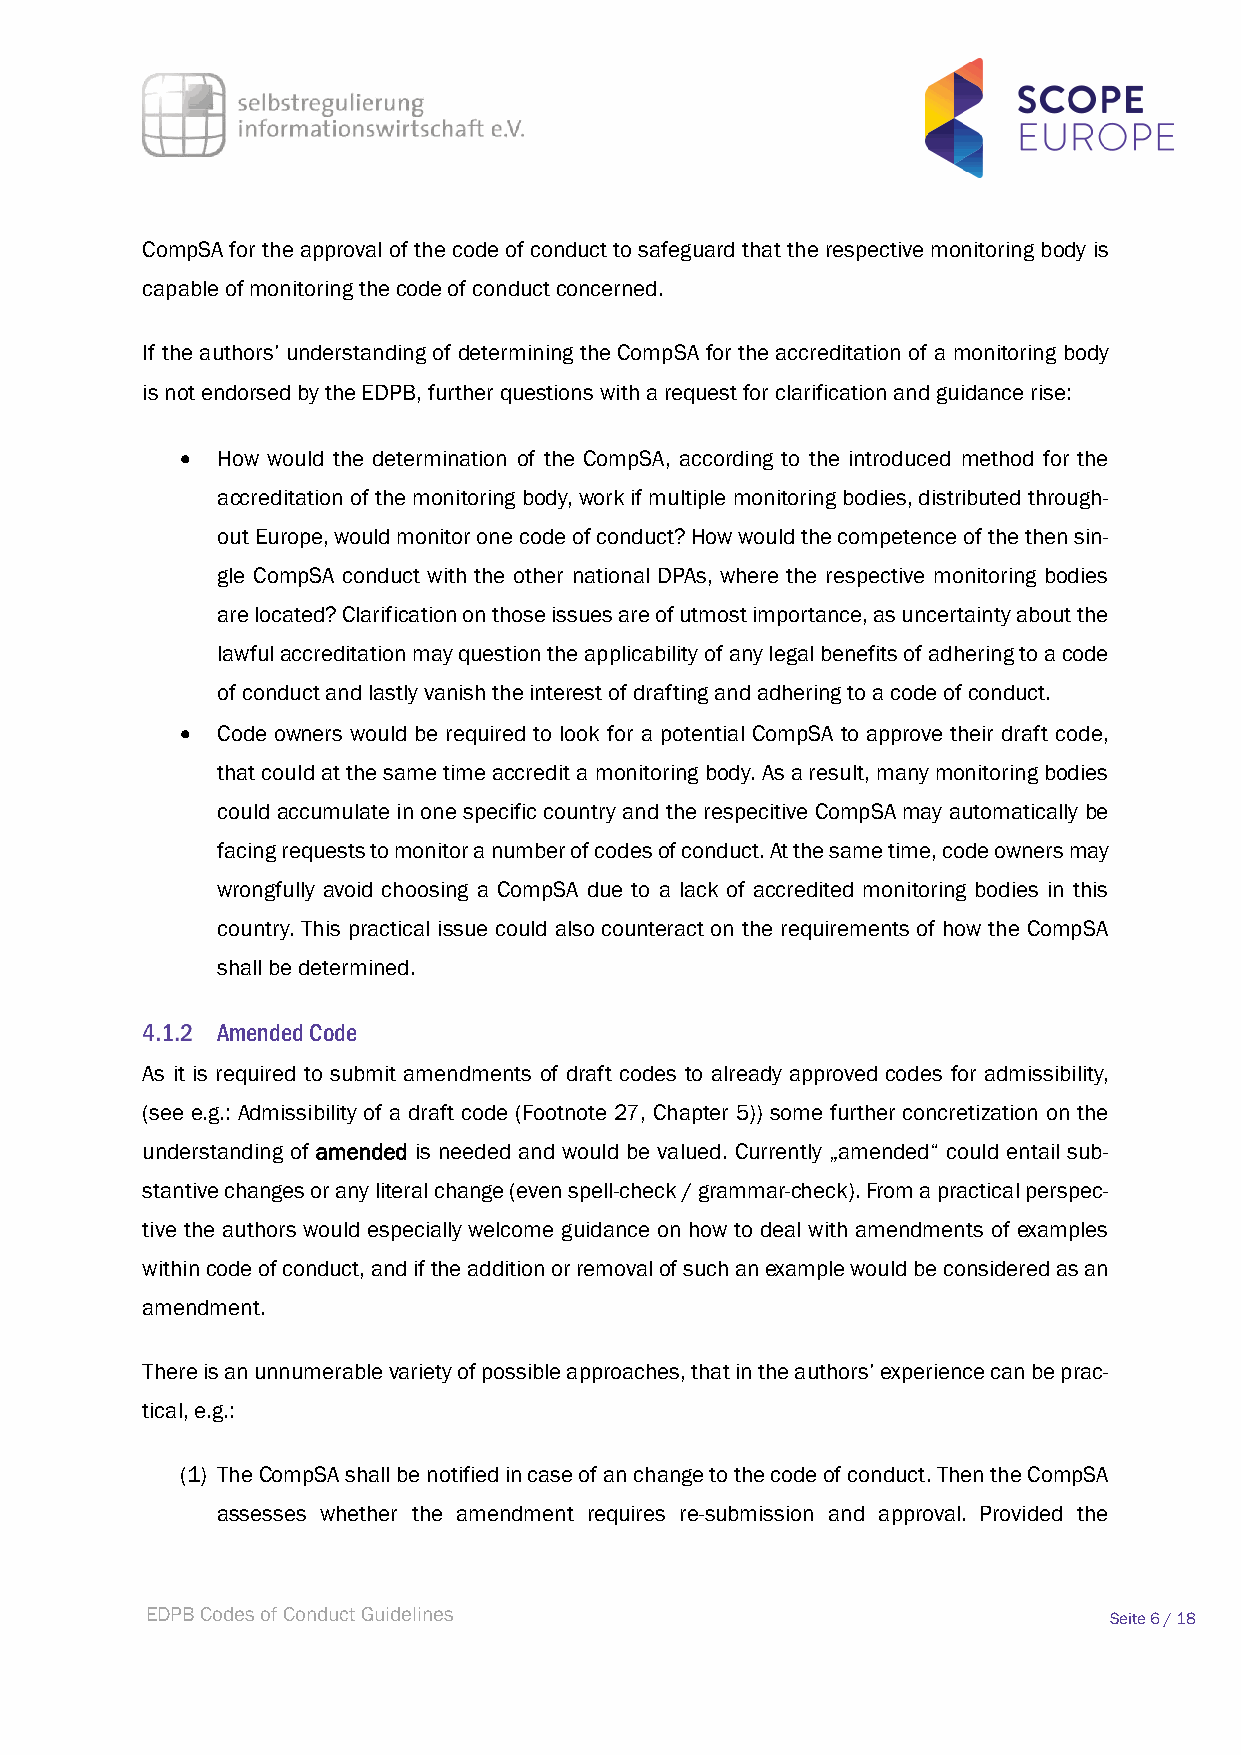
CompSA for the approval of the code of conduct to safeguard that the respective monitoring body is
 capable of monitoring the code of conduct concerned.
 If the authors’ understanding of determining the CompSA for the accreditation of a monitoring body
 is not endorsed by the EDPB, further questions with a request for clarification and guidance rise:
 • How would the determination of the CompSA, according to the introduced method for the
 accreditation of the monitoring body, work if multiple monitoring bodies, distributed through-
 out Europe, would monitor one code of conduct? How would the competence of the then sin-
 gle CompSA conduct with the other national DPAs, where the respective monitoring bodies
 are located? Clarification on those issues are of utmost importance, as uncertainty about the
 lawful accreditation may question the applicability of any legal benefits of adhering to a code
 of conduct and lastly vanish the interest of drafting and adhering to a code of conduct.
 • Code owners would be required to look for a potential CompSA to approve their draft code,
 that could at the same time accredit a monitoring body. As a result, many monitoring bodies
 could accumulate in one specific country and the respecitive CompSA may automatically be
 facing requests to monitor a number of codes of conduct. At the same time, code owners may
 wrongfully avoid choosing a CompSA due to a lack of accredited monitoring bodies in this
 country. This practical issue could also counteract on the requirements of how the CompSA
 shall be determined.
 Amended Code
 As it is required to submit amendments of draft codes to already approved codes for admissibility,
 (see e.g.: Admissibility of a draft code (Footnote 27, Chapter 5)) some further concretization on the
 understanding of amended is needed and would be valued. Currently „amended“ could entail sub-
 stantive changes or any literal change (even spell-check / grammar-check). From a practical perspec-
 tive the authors would especially welcome guidance on how to deal with amendments of examples
 within code of conduct, and if the addition or removal of such an example would be considered as an
 amendment.
 There is an unnumerable variety of possible approaches, that in the authors’ experience can be prac-
 tical, e.g.:
 (1) The CompSA shall be notified in case of an change to the code of conduct. Then the CompSA
 assesses whether the amendment requires re-submission and approval. Provided the
 EDPB Codes of Conduct Guidelines                               Seite 6 / 18